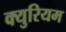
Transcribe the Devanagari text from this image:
क्युरियम